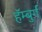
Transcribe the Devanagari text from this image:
हॅम्बुर्ग